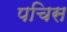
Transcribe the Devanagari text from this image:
पचिस